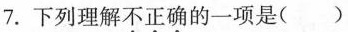
7.下列理解不正确的一项是( )